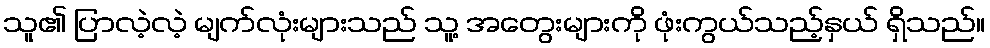
သူ၏ ပြာလဲ့လဲ့ မျက်လုံးများသည် သူ့ အတွေးများကို ဖုံးကွယ်သည့်နှယ် ရှိသည်။